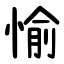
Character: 愉